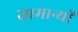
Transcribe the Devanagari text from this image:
सामान्यों